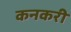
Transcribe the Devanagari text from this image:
कनकरी